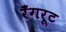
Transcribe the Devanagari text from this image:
रँगरूट